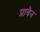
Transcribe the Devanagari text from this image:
प्राचैन